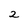
Character: 2